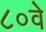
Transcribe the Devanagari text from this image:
८०वे